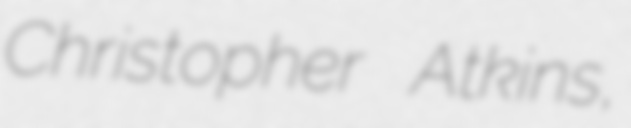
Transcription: Christopher Atkins,